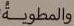
والمطوية